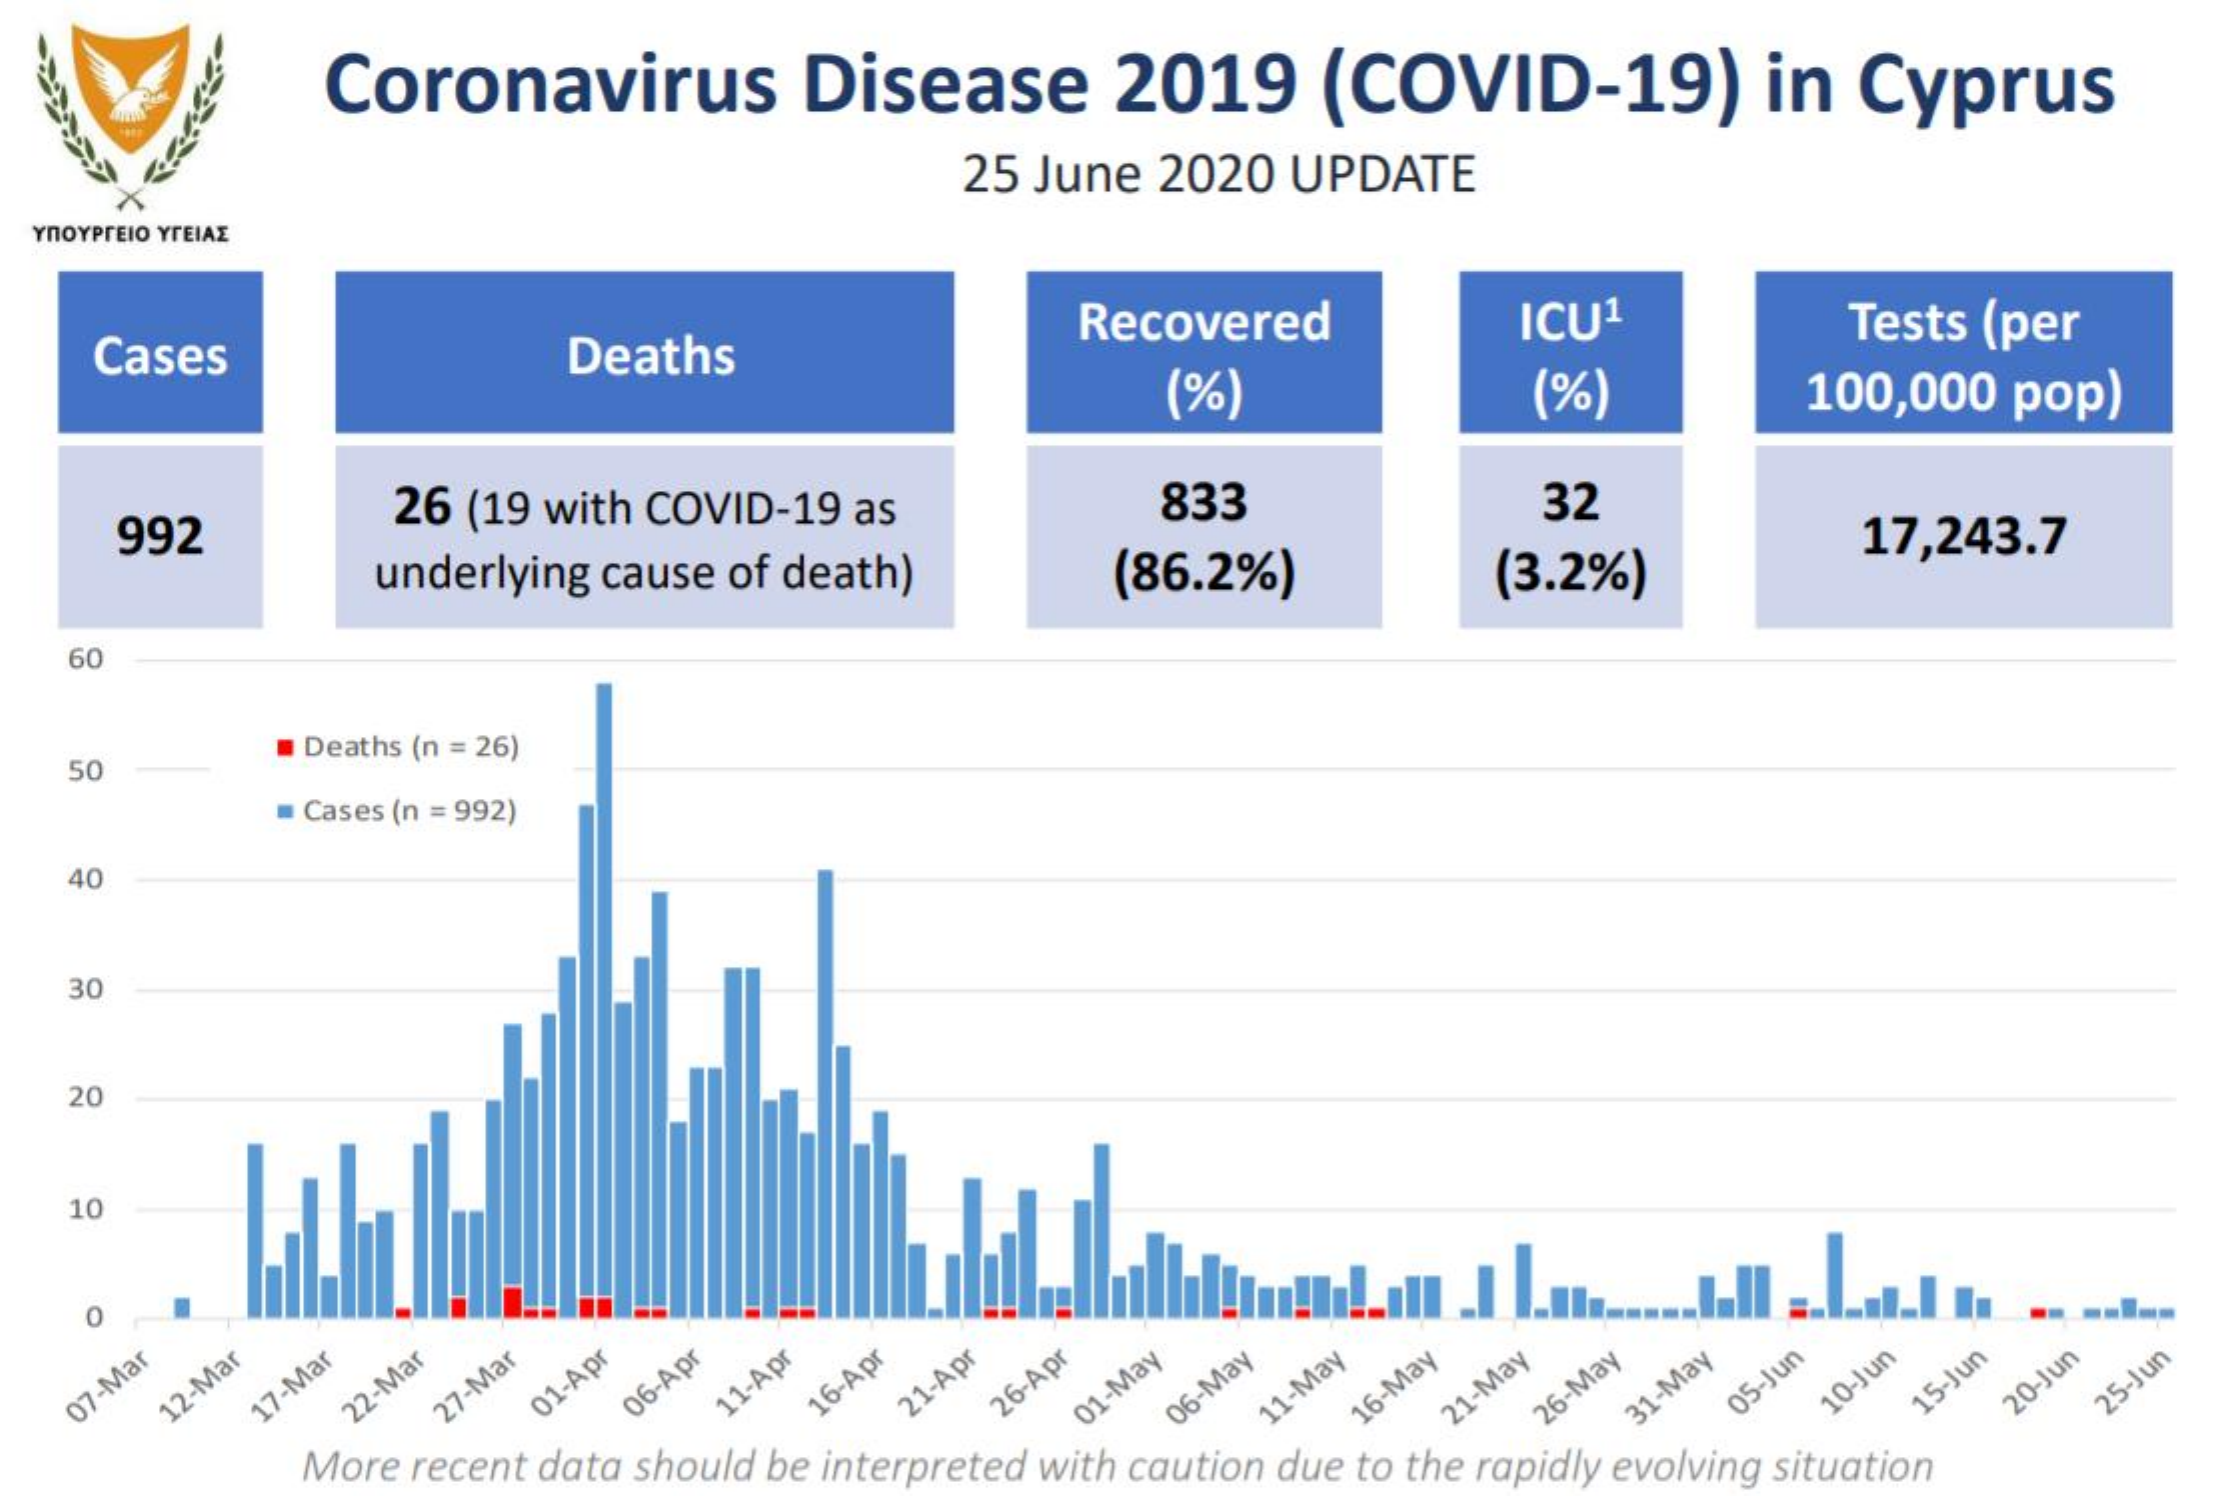
Coronavirus    Disease    2019    (COVID-19)    in   Cyprus
     25 June    2020    UPDATE
  YNOYPREIO YTEIAE
     Cases    Deaths
     Recovered    ICU1    Tests  (per
     (%)    (%)    100,000    pop)
     992
     26  (19 with  COVID-19    as    833    32
     underlying   cause  of  death)    (86.2%)    (3.2%)
     17,243.7
     60
    50
     Deaths (n = 26)
     Cases (n = 992)
     40
     30
     20
     10
     O
    07-Mar 12-Mar 17-Mar 22-Mar 27-Mar 01-Apr 06-Apr 11-Apr 16-Apr 21-Apr 26-Apr 01-May 06-May 11-May 16-May 21-May 26-May 10-Jun 15-Jun 20-Jun 25-Jun
     More  recent  data  should  be interpreted  with caution  due  to the rapidly evolving  situation
     31-May 05-Jun